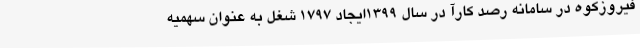
فیروزکوه در سامانه رصد کارآ در سال 1399ایجاد 1797 شغل به عنوان سهمیه